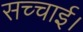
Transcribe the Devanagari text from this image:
सच्चाई।